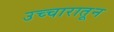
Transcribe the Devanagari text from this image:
उच्चारातून